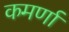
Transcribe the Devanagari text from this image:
कमर्णा